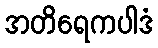
အတိရေကပါဒံ